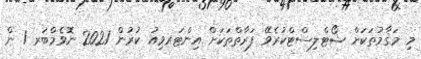
މި މަޤާމުތަކަށް ޝޯޓްލިސްޓްކުރެވޭ ފަރާތްތަކަށް އިންޓަރވިއު ކުރުން 2021 ނޮވެމްބަރ 1 ން